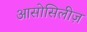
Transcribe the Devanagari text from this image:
आसोसिलीज़